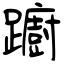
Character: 躕